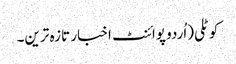
کوٹلی(اُردو پوائنٹ اخبار تازہ ترین۔